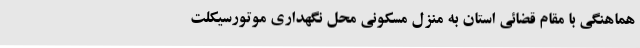
هماهنگی با مقام قضائی استان به منزل مسکونی محل نگهداری موتورسیکلت